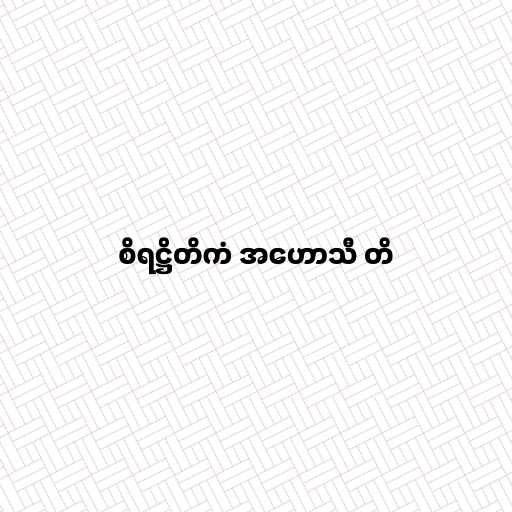
စိရဋ္ဌိတိကံ အဟောသီ တိ